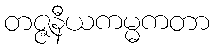
တဇ္ဇနီယကမ္မကတာ